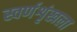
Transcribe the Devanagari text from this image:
स्वर्णशृंखला